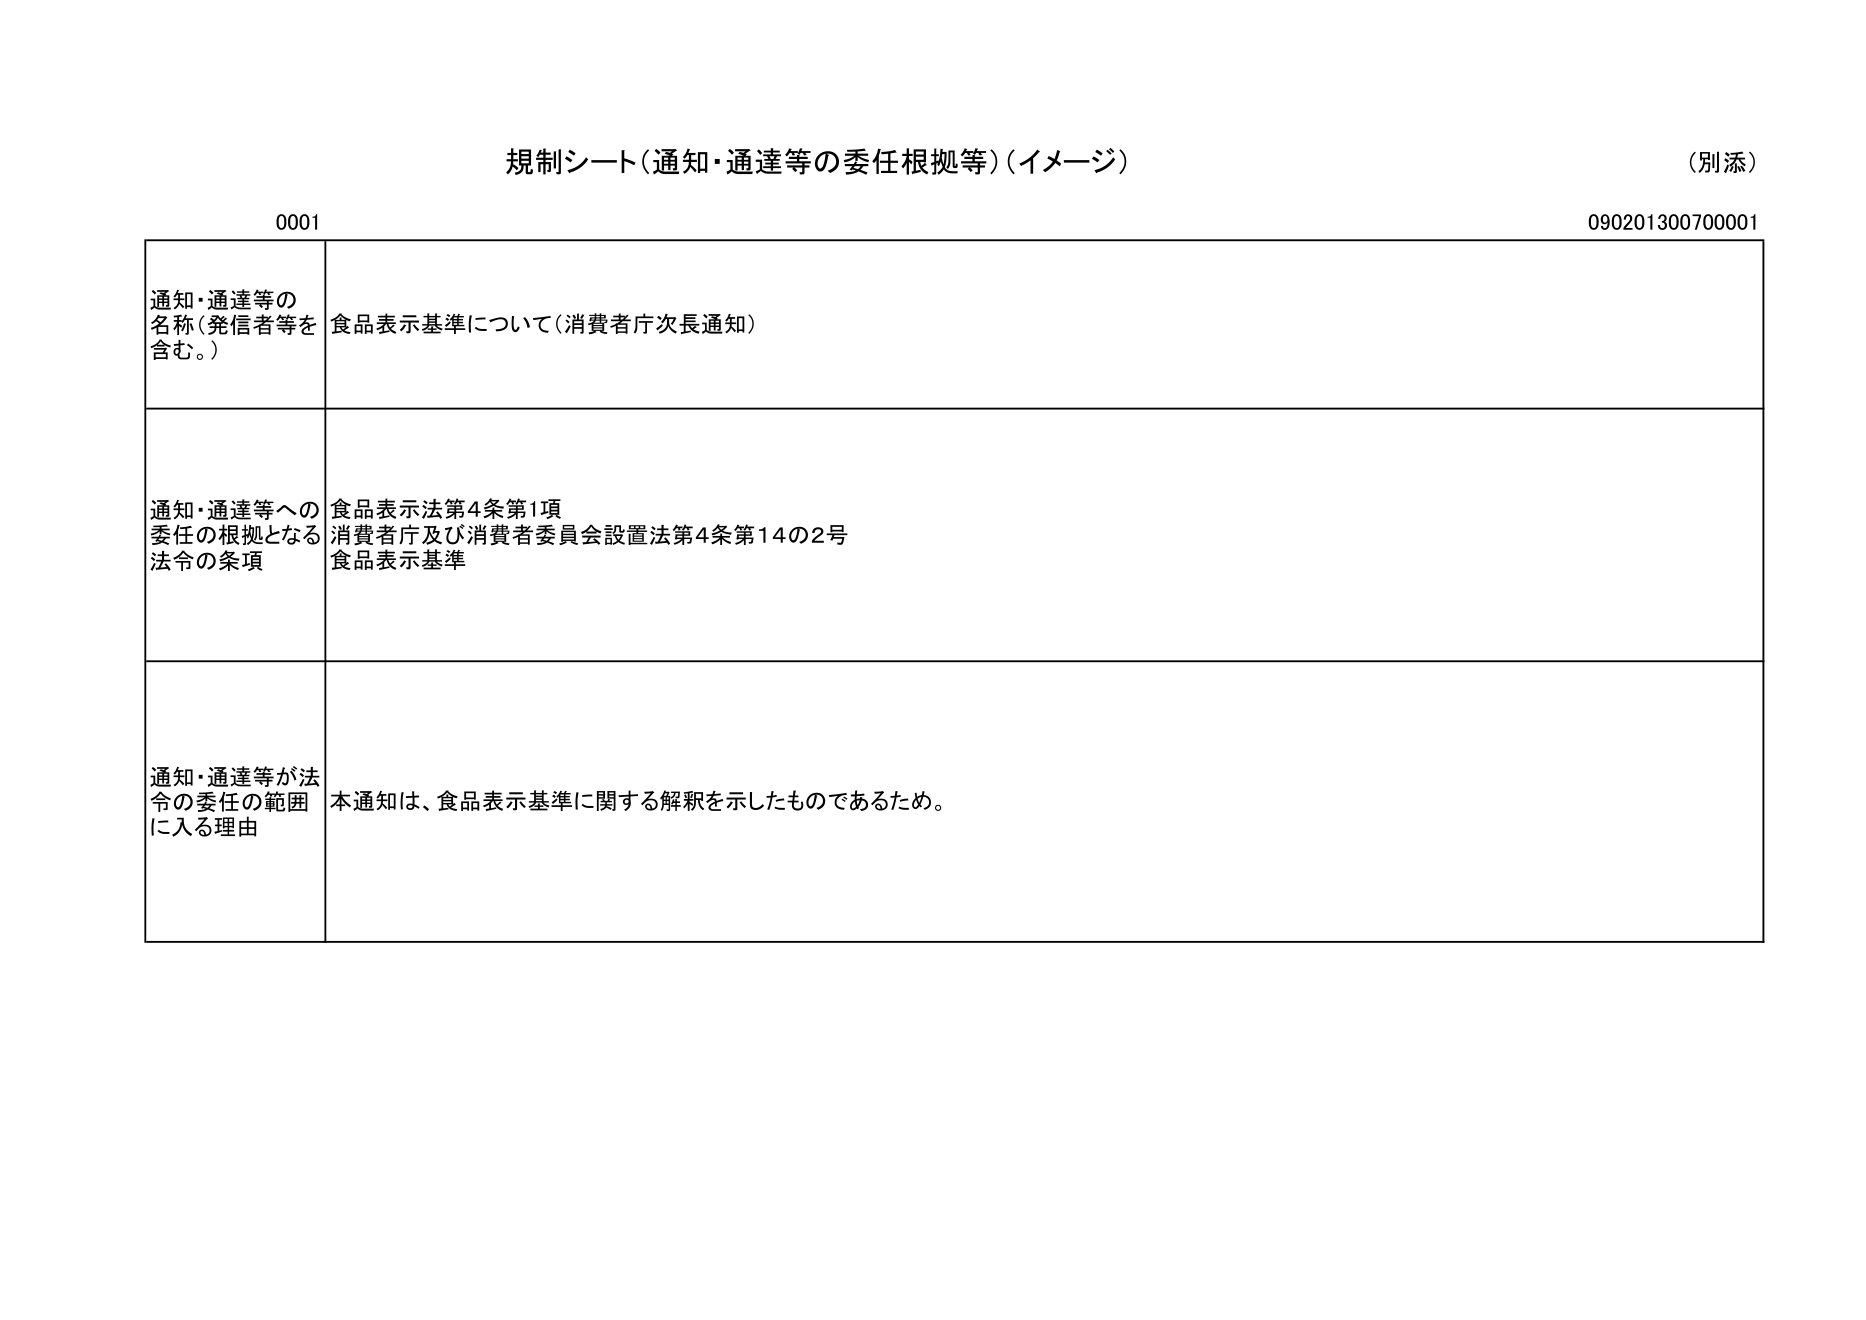
規制シート（通知・通達等の委任根拠等）（イメージ）
（別添）
0001
090201300700001

通知・通達等の
名称（発信者等を
含む。）
食品表示基準について（消費者庁次長通知）

通知・通達等への
委任の根拠となる
法令の条項
食品表示法第4条第1項
消費者庁及び消費者委員会設置法第4条第14の2号
食品表示基準

通知・通達等が法令の委任の範囲
に入る理由
本通知は、食品表示基準に関する解釈を示したものであるため。